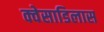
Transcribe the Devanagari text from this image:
क्वेसाडिलास